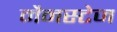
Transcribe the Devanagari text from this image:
मैनस्टेज